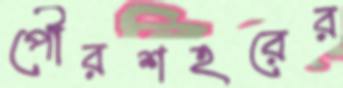
পৌরশহরের